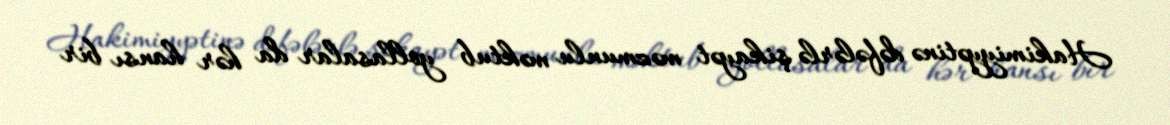
Hakimiyyətinə dəfələrlə şikayət məzmunlu məktub yollasalar da hər hansı bir